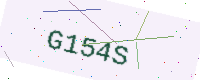
Text: G154S